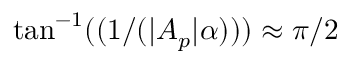
\tan ^ { - 1 } ( ( 1 / ( | A _ { p } | \alpha ) ) ) \approx \pi / 2